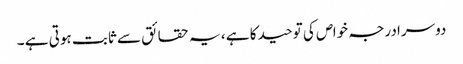
دوسرا درجہ خواص کی توحید کا ہے ، یہ حقائق سے ثابت ہوتی ہے ۔